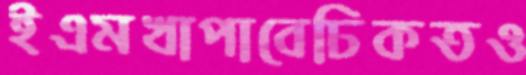
ইএমখাপাবেঢিকতও